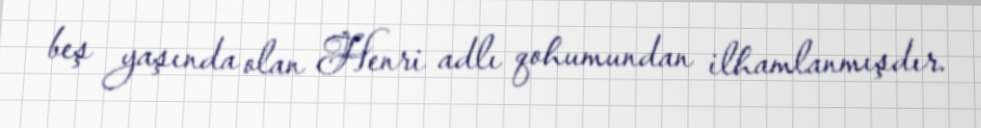
beş yaşında olan Henri adlı qohumundan ilhamlanmışdır.